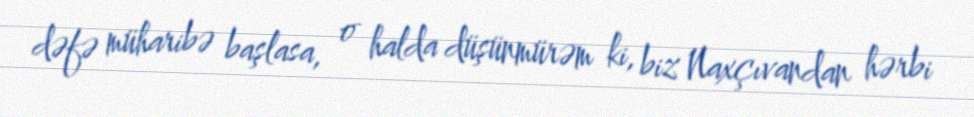
dəfə müharibə başlasa, o halda düşünmürəm ki, biz Naxçıvandan hərbi